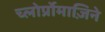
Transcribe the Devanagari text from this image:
च्लोर्प्रोमाज़िने